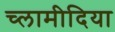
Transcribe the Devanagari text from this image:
च्‍लामीदिया